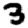
Digit: 3